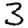
Digit: 3